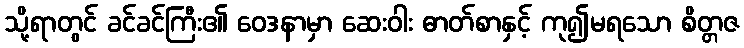
သို့ရာတွင် ခင်ခင်ကြီး၏ ဝေဒနာမှာ ဆေးဝါး ဓာတ်စာနှင့် ကု၍မရသော စိတ္တဇ